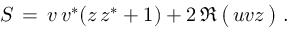
~ S \, = \, v \, v ^ { * } ( z \, z ^ { * } + 1 ) + 2 \, \Re \, { \bigl ( } \, u v z \, { \bigr ) } ~ .